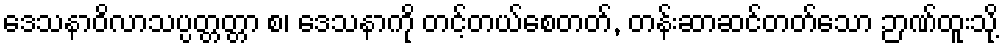
ဒေသနာဝိလာသပ္ပတ္တတ္တာ စ၊ ဒေသနာကို တင့်တယ်စေတတ်, တန်းဆာဆင်တတ်သော ဉာဏ်ထူးသို့